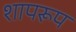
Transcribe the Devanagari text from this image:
शापरूप